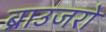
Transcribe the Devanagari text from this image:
ब्राउजरो